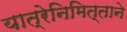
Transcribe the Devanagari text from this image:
यात्रेनिमित्ताने